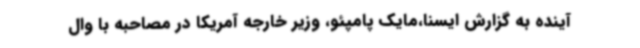
آینده به گزارش ایسنا،مایک پامپئو، وزیر خارجه آمریکا در مصاحبه با وال